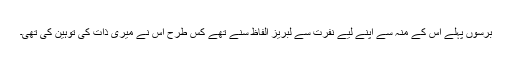
برسوں پہلے اس کے منہ سے اپنے لیے نفرت سے لبریز الفاظ سنے تھے کس طرح اس نے میری ذات کی توہین کی تھی۔